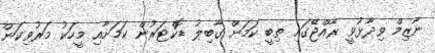
ނާޒިމް ވިދާޅުވީ ރާއްޖޭގައި ތިބީ ކަމަށް ގާބިލު ޑޮކްޓަރުން ކަމަށާއި މީހަކު މަރުވިކަން